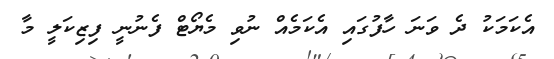
އެކަމަކު ދެ ވަނަ ހާފުގައި އެކަމެއް ނުވި މެޔޯޓް ފެނުނީ ފިޒިކަލީ މާ